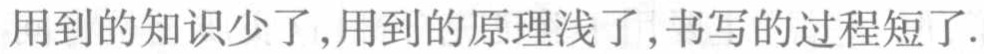
用到的知识少了,用到的原理浅了,书写的过程短了.